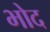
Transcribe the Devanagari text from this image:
भोद